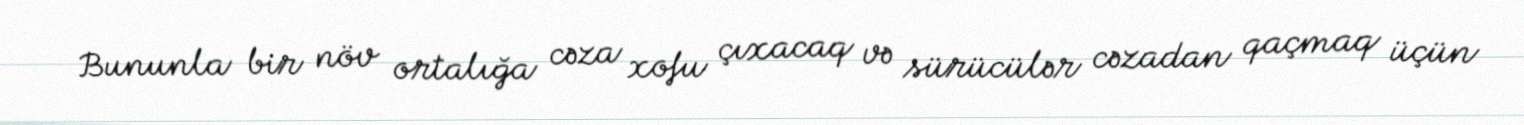
Bununla bir növ ortalığa cəza xofu çıxacaq və sürücülər cəzadan qaçmaq üçün